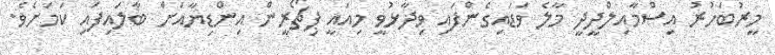
މީރުބަހުރު އިސްމާއިލްދީދީ މާލެ ވަޑައިގެންފައި ވިދާޅުވީ މިއައީ ޕިޗޯރީން އިންޑިޔާއަށް ބާލައިފައި ކަމަށެވެ.